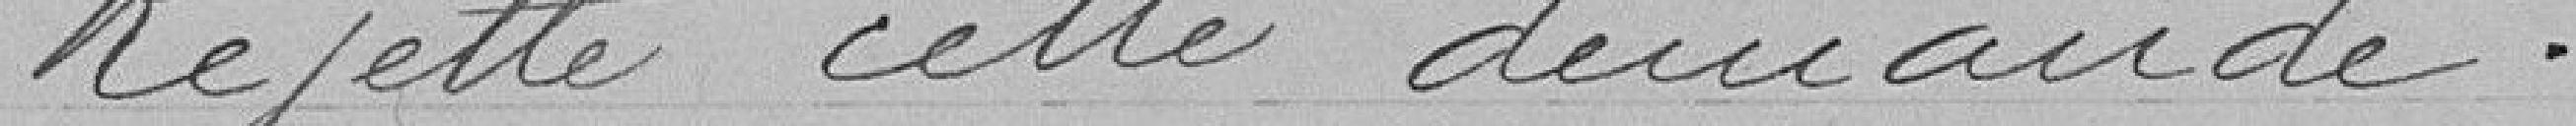
Rejette cette demande.